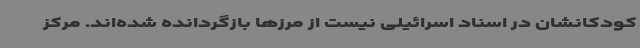
کودکانشان در اسناد اسرائیلی نیست از مرزها بازگردانده شده‌اند. مرکز